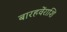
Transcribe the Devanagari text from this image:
बारहवेंराशि